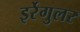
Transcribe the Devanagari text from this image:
इर्रेगुलर